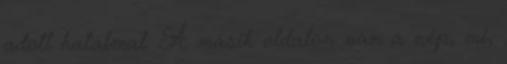
adott hatalmat. A másik oldalon van a nép, mi,